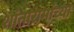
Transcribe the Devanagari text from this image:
शांतारामांच्या